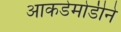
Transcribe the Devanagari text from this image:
आकडेमोडीने